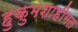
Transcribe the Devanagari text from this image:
हुकुमशाहीगत